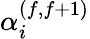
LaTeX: \alpha_{i}^{(f,f+1)}